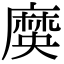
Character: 𪎞